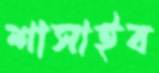
শাসাইব